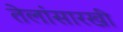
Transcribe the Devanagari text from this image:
तेलांसारखी